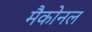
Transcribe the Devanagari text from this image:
मैकोनल